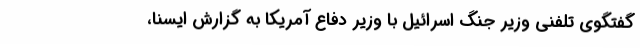
گفتگوی تلفنی وزیر جنگ اسرائیل با وزیر دفاع آمریکا به گزارش ایسنا،